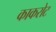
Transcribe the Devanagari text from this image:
काकरोट